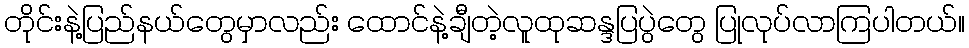
တိုင်းနဲ့ပြည်နယ်တွေမှာလည်း ထောင်နဲ့ချီတဲ့လူထုဆန္ဒပြပွဲတွေ ပြုလုပ်လာကြပါတယ်။